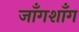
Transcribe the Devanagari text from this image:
जाँगशाँग